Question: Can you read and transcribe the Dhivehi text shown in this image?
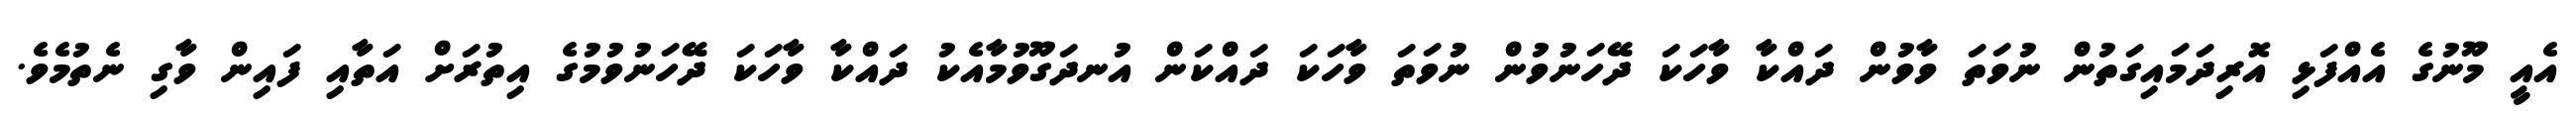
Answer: އެއީ މޫނުގެ އެއްފަޅި އޮރިދަމައިގަތުން ނުވަތަ ވާވުން ދައްކާ ވާހަކަ ދޭހަނުވުން ނުވަތަ ވާހަކަ ދައްކަން އުނދަގޫވުމާއެކު ދައްކާ ވާހަކަ ދޭހަނުވުމުގެ އިތުރަށް އަތާއި ފައިން ވާގި ނެތުމެވެ.